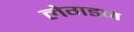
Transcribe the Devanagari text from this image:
लेगडन